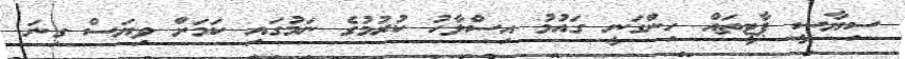
ސިޔާސީ ޕާޓީތައް ހިންގަނީ ގައުމު އިސްލާހު ކުރުމުގެ ނަމުގައި ކަމަށް ވިޔަސް ގިނަ